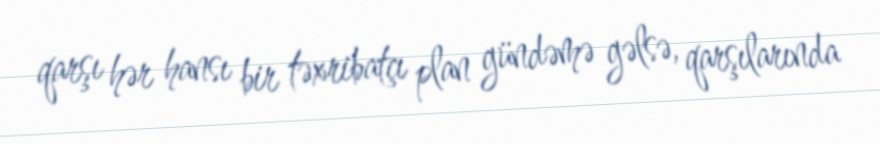
qarşı hər hansı bir təxribatçı plan gündəmə gəlsə, qarşılarında